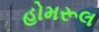
હોમરૂલ